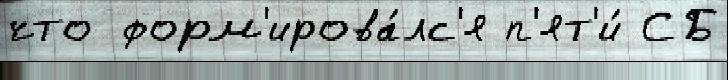
что форм'ирова́лс'я п'ят'и́ СБ